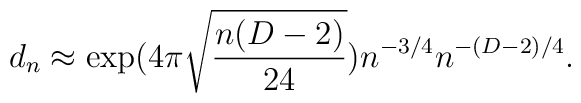
d_n\approx \exp(4\pi \sqrt{\frac{n(D-2)}{24}})n^{-3/4}n^{-(D-2)/4}.